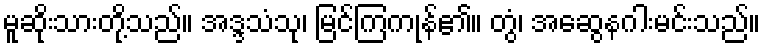
မူဆိုးသားတို့သည်။ အဒ္ဒသံသု၊ မြင်ကြကုန်၏။ တွံ၊ အဆွေနဂါးမင်းသည်။